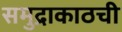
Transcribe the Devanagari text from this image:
समुद्राकाठची